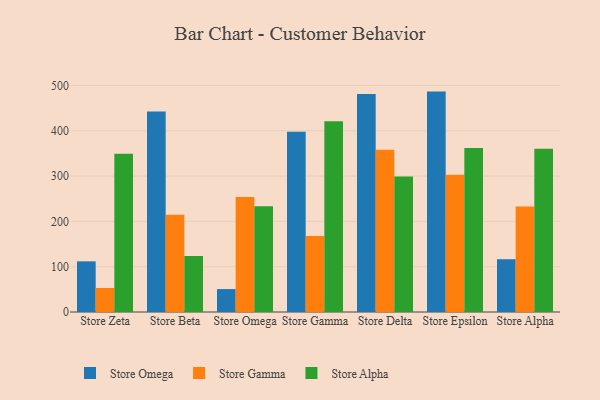
{"axis": {"x": "Store", "y": "Shipments"}, "legend": ["Store Alpha", "Store Gamma", "Store Omega"], "data": [{"x": "Store Zeta", "y": 111.8, "type": "Store Omega"}, {"x": "Store Zeta", "y": 53.0, "type": "Store Gamma"}, {"x": "Store Zeta", "y": 349.2, "type": "Store Alpha"}, {"x": "Store Beta", "y": 442.4, "type": "Store Omega"}, {"x": "Store Beta", "y": 214.6, "type": "Store Gamma"}, {"x": "Store Beta", "y": 123.8, "type": "Store Alpha"}, {"x": "Store Omega", "y": 50.6, "type": "Store Omega"}, {"x": "Store Omega", "y": 253.9, "type": "Store Gamma"}, {"x": "Store Omega", "y": 233.4, "type": "Store Alpha"}, {"x": "Store Gamma", "y": 397.6, "type": "Store Omega"}, {"x": "Store Gamma", "y": 167.5, "type": "Store Gamma"}, {"x": "Store Gamma", "y": 420.9, "type": "Store Alpha"}, {"x": "Store Delta", "y": 481.3, "type": "Store Omega"}, {"x": "Store Delta", "y": 358.3, "type": "Store Gamma"}, {"x": "Store Delta", "y": 299.3, "type": "Store Alpha"}, {"x": "Store Epsilon", "y": 486.5, "type": "Store Omega"}, {"x": "Store Epsilon", "y": 302.7, "type": "Store Gamma"}, {"x": "Store Epsilon", "y": 362.1, "type": "Store Alpha"}, {"x": "Store Alpha", "y": 116.2, "type": "Store Omega"}, {"x": "Store Alpha", "y": 232.7, "type": "Store Gamma"}, {"x": "Store Alpha", "y": 360.2, "type": "Store Alpha"}]}